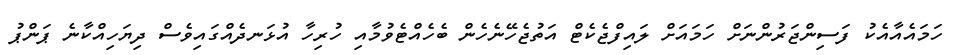
ހަމައެއާއެކު ފަސިންޖަރުންނަށް ހަމައަށް ލައިފްޖެކެޓް އަތުޖެހޭނެހެން ބެހެއްޓެވުމާއި ހުރިހާ އުޅަނދެއްގައިވެސް ދިޔަހިއްކާނެ ޕަންޕު